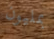
بمليون